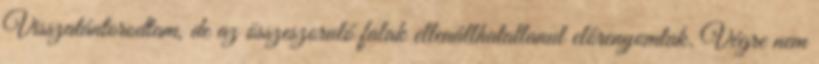
Visszatántorodtam, de az összeszoruló falak ellenállhatatlanul előrenyomtak. Végre nem